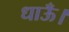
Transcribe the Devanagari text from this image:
धाऊँ।